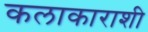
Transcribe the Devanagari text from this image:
कलाकाराशी